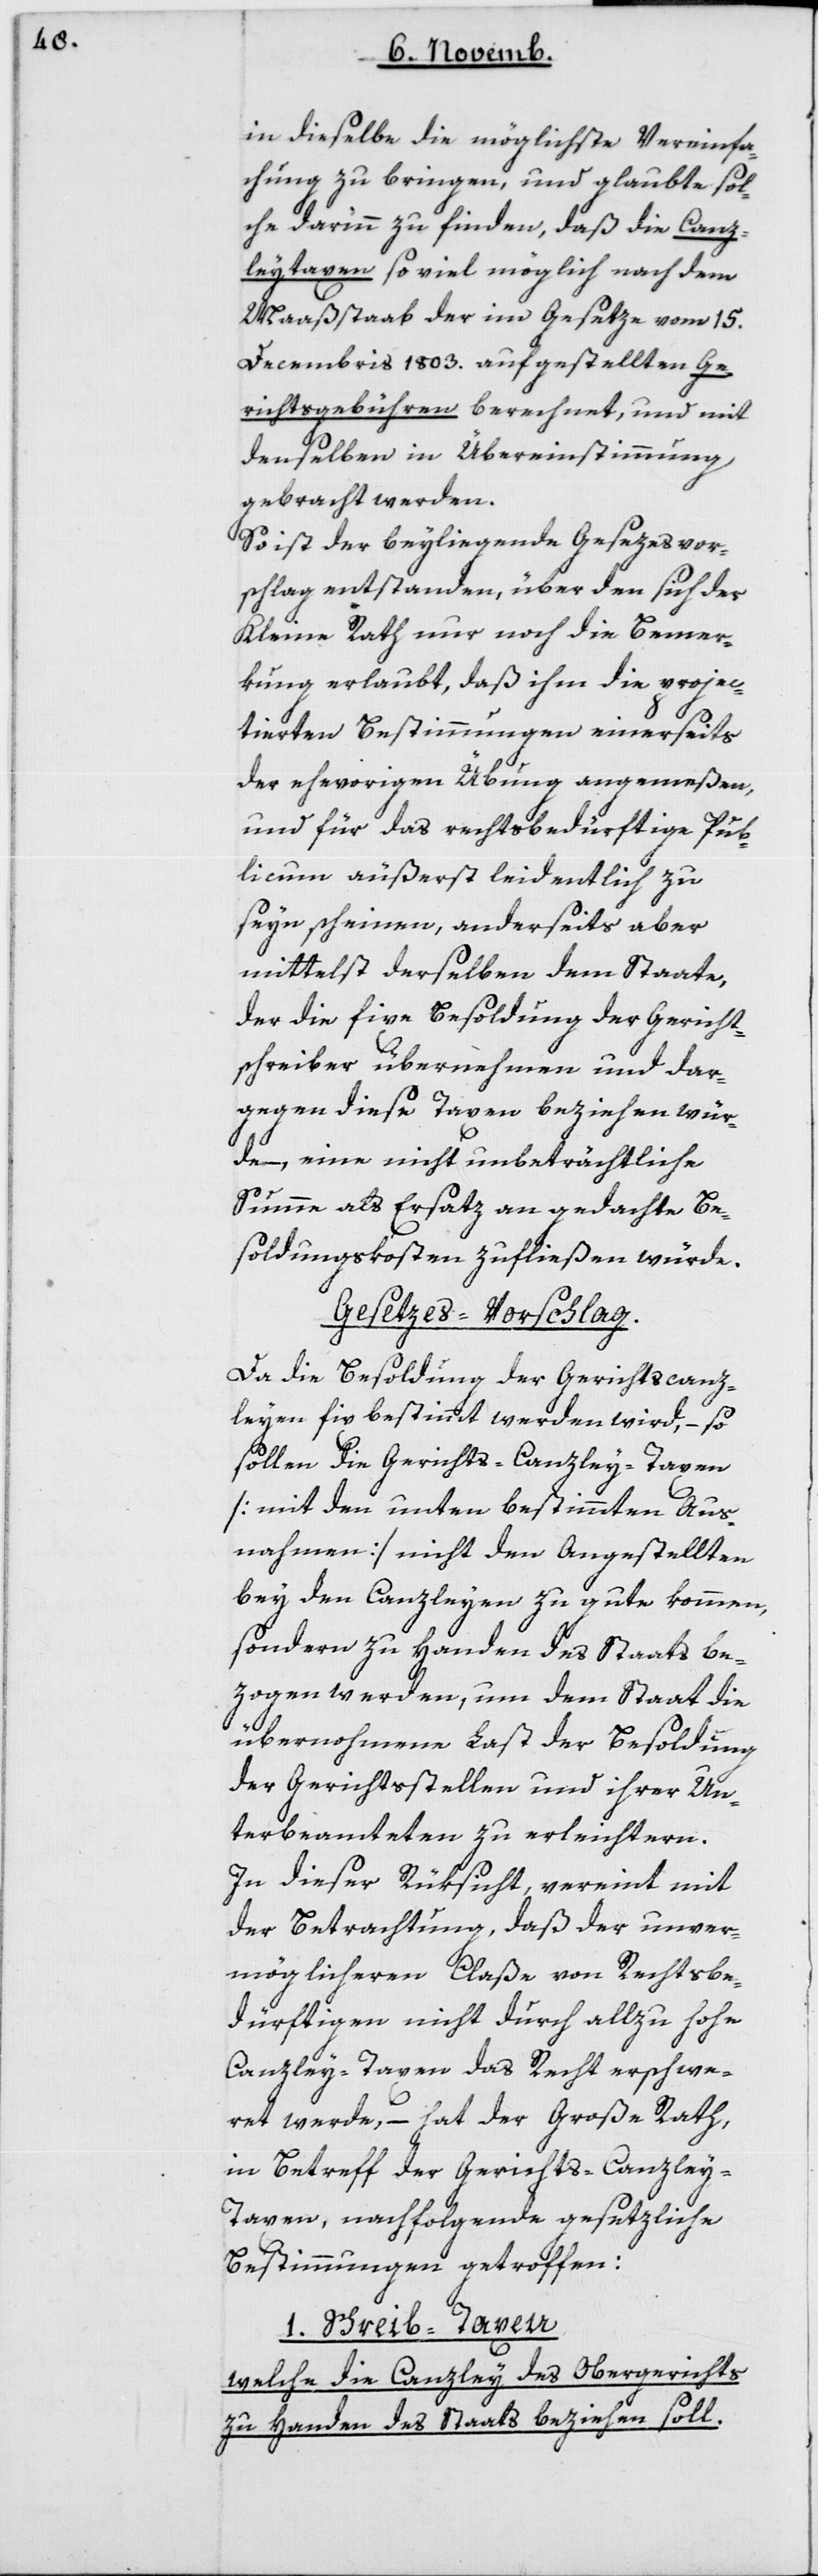
in dieselbe die möglichste Vereinfa¬
chung zu bringen, und glaubte sol¬
che darinn zu finden, daß die Canz¬
leytaxen so viel möglich nach dem
Maaßstaab der im Gesetze vom 15ten
Decembris 1803 aufgestellten Ge¬
richtsgebühren berechnet, und mit
denselben in Übereinstimmung
gebracht werden.
So ist der beyliegende Gesezesvor¬
schlag entstanden, über den sich der
Kleine Rath nur noch die Bemer¬
kung erlaubt, daß ihm die projec¬
tierten Bestimmungen einerseits
der ehevorigen Übung angemeßen,
und für das rechtsbedürftige Pub¬
licum äußerst leidentlich zu
seyn scheinen, anderseits aber
mittelst derselben dem Staate,
der die fixe Besoldung der Gericht¬
schreiber übernehmen und dar¬
gegen diese Taxen beziehen wür¬
den, eine nicht unbeträchtliche
Summe als Ersatz an gedachte Be¬
soldungskosten zufließen würde.
Gesetzes-Vorschlag.
Da die Besoldung der Gerichtscanz¬
leyen fix bestimmt werden wird, – so
sollen die Gerichtscanzley-Taxen
[mit den unten bestimmten Aus¬
nahmen] nicht den Angestellten
bey den Canzleyen zu gute kommen,
sondern zu Handen des Staats be¬
zogen werden, um dem Staat die
übernohmene Last der Besoldung
der Gerichtsstellen und ihrer Un¬
terbeamteten zu erleichtern.
In dieser Rüksicht, vereint mit
der Betrachtung, daß der unver¬
möglicheren Claße von Rechtsbe¬
dürftigen nicht durch allzu hohe
Canzley-Taxen das Recht erschwe¬
ret werde, – hat der Große Rath,
in Betreff der Gerichts-Canzley¬
taxen, nachfolgende gesetzliche
Bestimmungen getroffen:
I. Schreibtaxen,
welche die Canzley des Obergerichts
zu Handen des Staats beziehen soll.